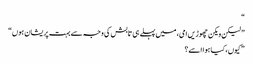
“
” لیکن ویکن چھوڑیں امی، میں پہلے ہی تابش کی وجہ سے بہت پریشان ہوں“
” کیوں، کیا ہوا اسے؟